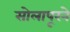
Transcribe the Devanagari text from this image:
सोलापूरने